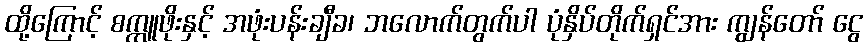
ထို့ကြောင့် စက္ကူဖိုးနှင့် အဖုံးပန်းချီခ၊ ဘလောက်တွက်ပါ ပုံနှိပ်တိုက်ရှင်အား ကျွန်တော် ငွေ